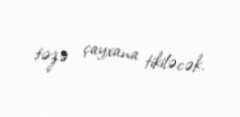
təzə çayxana tikiləcək.